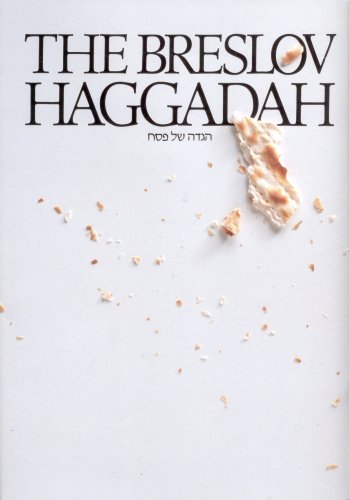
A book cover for Breslov Haggadah: The Traditional Pesach Haggadah: With Commentary Based on the Teachings of Rebbe Nachman of Breslov (English and Hebrew Edition); Religion & Spirituality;